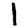
Digit: 1